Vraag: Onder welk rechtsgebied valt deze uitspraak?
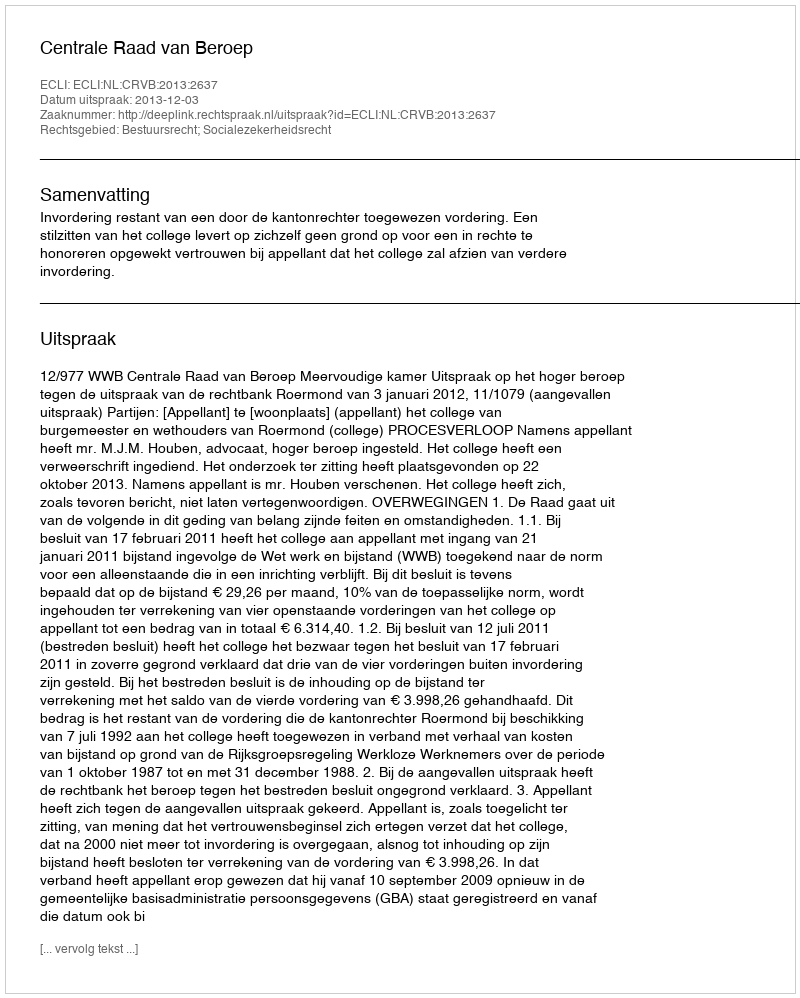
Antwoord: Bestuursrecht; Socialezekerheidsrecht